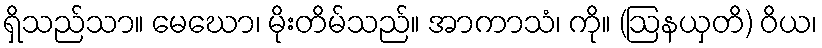
ရှိသည်သာ။ မေဃော၊ မိုးတိမ်သည်။ အာကာသံ၊ ကို။ (ဩနယှတိ) ဝိယ၊